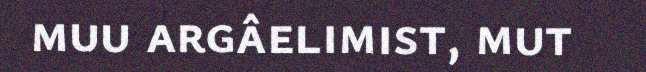
muu argâelimist, mut